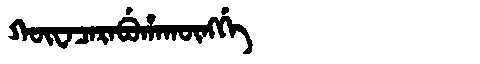
Manchu: ᡴᡡᠸᠠᠴᠠᡵᠠᠪᡠᡥᠠᡴᡡᠩᡤᡝ
Romanization: KŪWACARABUHAKŪNGGE